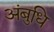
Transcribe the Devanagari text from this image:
अंबुधि